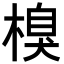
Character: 𣗬